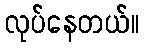
လုပ်နေတယ်။